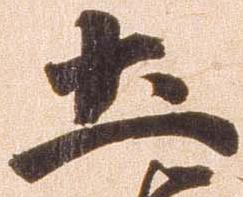
土